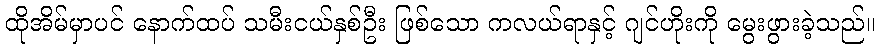
ထိုအိမ်မှာပင် နောက်ထပ် သမီးငယ်နှစ်ဦး ဖြစ်သော ကလယ်ရာနှင့် ဂျင်ဟိုးကို မွေးဖွားခဲ့သည်။